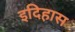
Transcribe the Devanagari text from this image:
इदिहास